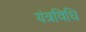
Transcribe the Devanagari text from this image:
यंत्रविधि